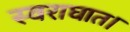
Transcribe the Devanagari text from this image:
स्वराघात।